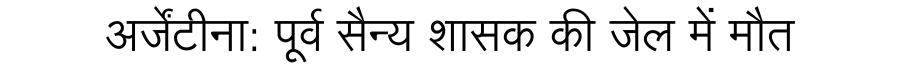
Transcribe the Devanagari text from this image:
अर्जेंटीना: पूर्व सैन्य शासक की जेल में मौत